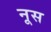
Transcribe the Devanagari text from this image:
नूस